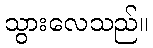
သွားလေသည်။